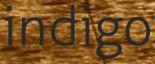
indigo